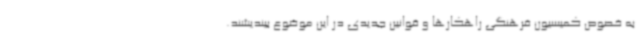
به خصوص کمیسیون فرهنگی راهکارها و قوانین جدیدی در این موضوع بیندیشند.